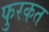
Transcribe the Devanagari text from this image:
फुरकत